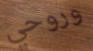
وروحي